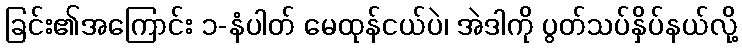
ခြင်း၏အကြောင်း ၁-နံပါတ် မေထုန်ငယ်ပဲ၊ အဲဒါကို ပွတ်သပ်နှိပ်နယ်လို့